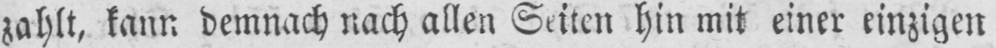
zahlt, kann demnach nach allen Seiten hin mit einer einzigen